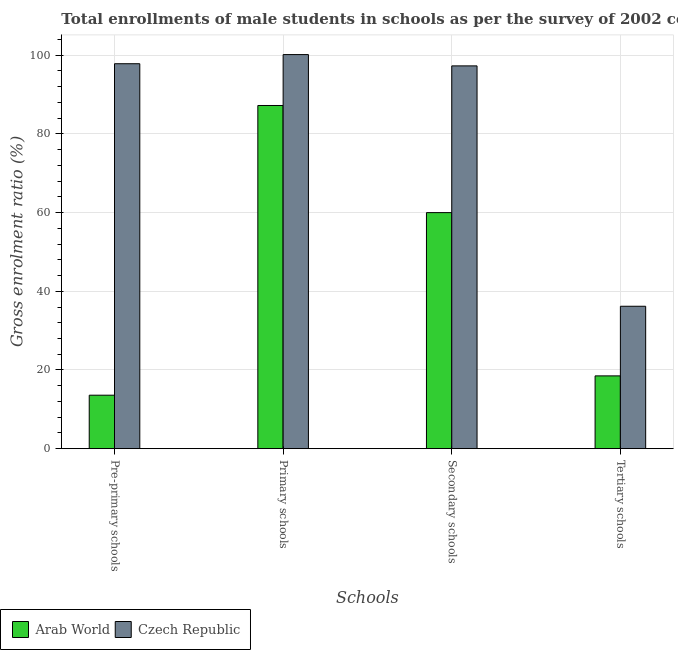
| Schools | Arab World | Czech Republic |
 | --- | --- | --- |
 | Pre-primary schools | 13.6 | 97.8 |
 | Primary schools | 87.2 | 100 |
 | Secondary schools | 60 | 97.3 |
 | Tertiary schools | 18.5 | 36.2 |